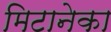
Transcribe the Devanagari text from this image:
मिटानेका